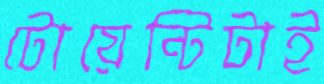
টোয়েন্টিটাই